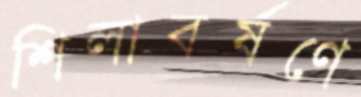
শিলাবর্ষণে